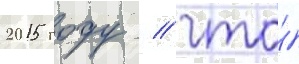
2015 году / что́